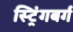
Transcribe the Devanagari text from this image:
स्ट्रिंगबर्ग